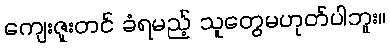
ကျေးဇူးတင် ခံရမည့် သူတွေမဟုတ်ပါဘူး။